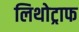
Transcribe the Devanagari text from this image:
लिथोट्राफ